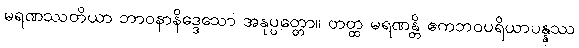
မရဏဿတိယာ ဘာဝနာနိဒ္ဒေသော အနုပ္ပတ္တော။ တတ္ထ မရဏန္တိ ဧကဘဝပရိယာပန္နဿ